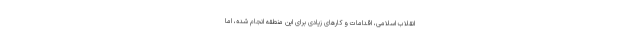
انقلاب اسلامی، اقدامات و کارهای زیادی برای این منطقه انجام شده، اما